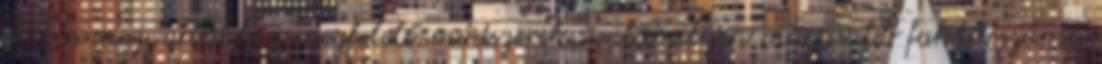
erre is megvannak a megfelelő módszerek, valamilyen magasabb faktorszámú